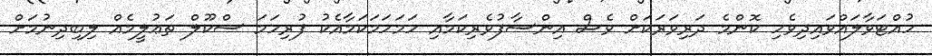
ހުއްޓަވާލައްވައިދިވެހި ކޮންމެ ދަރިވަރަކަށް ވެސް އިންސާފުވެރިކަމާއި ހަމަހަމަކަމާއެކު ފުރިހަމަ ސްކޫލް ތަޢުލީމެއް ލިބިދިނުމަށް